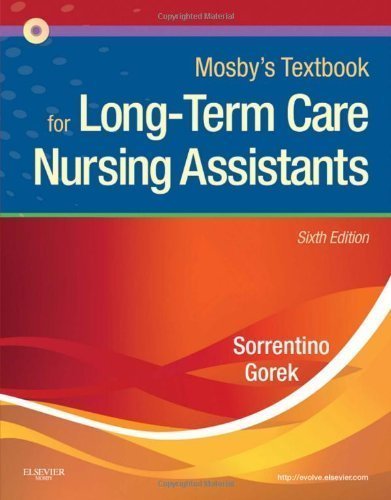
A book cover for Mosby's Textbook for Long-Term Care Nursing Assistants, 6e 6th (sixth) Edition by Sorrentino PhD RN, Sheila A. published by Mosby (2010); Medical Books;